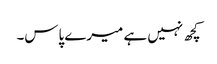
کچھ نہیں ہے میرے پاس۔